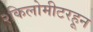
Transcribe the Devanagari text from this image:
२किलोमीटरहून